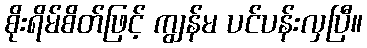
စိုးရိမ်စိတ်ဖြင့် ကျွန်မ ပင်ပန်းလှပြီ။